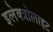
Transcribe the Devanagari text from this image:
इलेक्त्रोलाइट